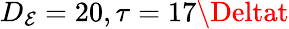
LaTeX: D_{\mathcal{E}}=20,\tau=17\Deltat